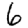
Digit: 6